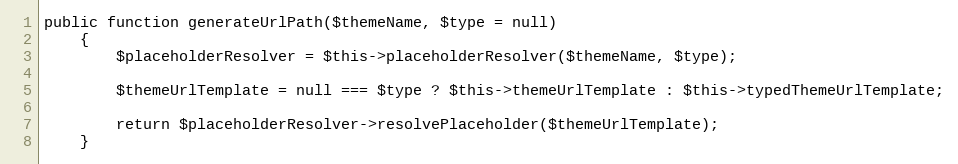
Language: PHP
public function generateUrlPath($themeName, $type = null)
    {
        $placeholderResolver = $this->placeholderResolver($themeName, $type);

        $themeUrlTemplate = null === $type ? $this->themeUrlTemplate : $this->typedThemeUrlTemplate;

        return $placeholderResolver->resolvePlaceholder($themeUrlTemplate);
    }